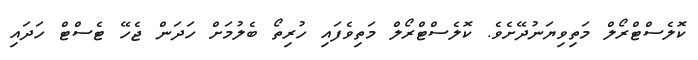
ކޮލެސްޓްރޯލް މަތިވިޔަނުދޭށެވެ. ކޮލެސްޓްރޯލް މަތިވެފައި ހުރިތޯ ބެލުމަށް ހަދަން ޖެހޭ ޓެސްޓް ހަދައި